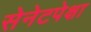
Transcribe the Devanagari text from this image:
सेनेटपेक्षा